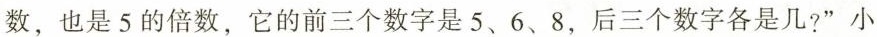
数，也是5的倍数，它的前三个数字是5、6、8，后三个数字各是几?”小